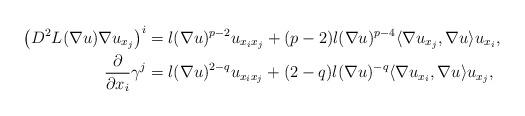
LaTeX: \begin{align*}\left( D^2 L(\nabla u) \nabla u_{x_j} \right)^i & = l(\nabla u)^{p-2} u_{x_i x_j} + (p-2) l(\nabla u)^{p-4} \langle \nabla u_{x_j}, \nabla u \rangle u_{x_i}, \\\frac{\partial}{\partial x_i} \gamma^j & = l(\nabla u)^{2-q} u_{x_i x_j} + (2-q) l(\nabla u)^{-q} \langle \nabla u_{x_i}, \nabla u \rangle u_{x_j},\end{align*}